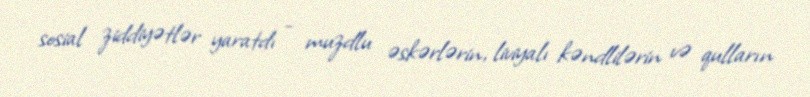
sosial ziddiyətlər yaratdı - muzdlu əskərlərin, liviyalı kəndlilərin və qulların